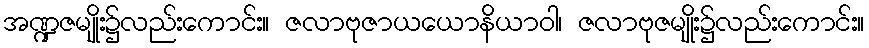
အဏ္ဍဇမျိုး၌လည်းကောင်း။ ဇလာဗုဇာယယောနိယာဝါ၊ ဇလာဗုဇမျိုး၌လည်းကောင်း။